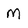
Character: m